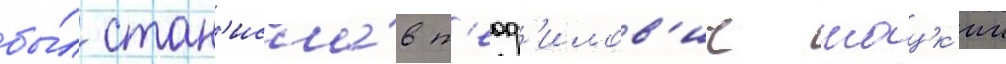
бы́л стан'исла́в т'еоф'илов'ич шацк'ии